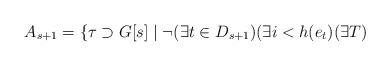
LaTeX: \begin{align*}A_{s+1}=\{\tau\supset G[s]\mid \neg(\exists t\in D_{s+1})(\exists i<h(e_{t})(\exists T)\end{align*}